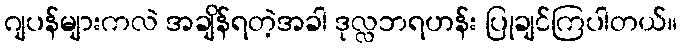
ဂျပန်များကလဲ အချိန်ရတဲ့အခါ ဒုလ္လဘရဟန်း ပြုချင်ကြပါတယ်။